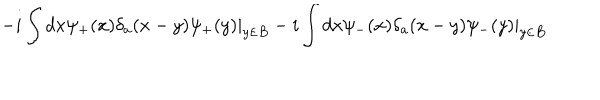
- i \int d x \psi _ { + } ( x ) \delta _ { a } ( x - y ) \psi _ { + } ( y ) | _ { y \in B } - i \int d x \psi _ { - } ( x ) \delta _ { a } ( x - y ) \psi _ { - } ( y ) | _ { y \in B }